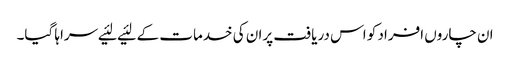
ان چاروں‌ افراد کو اس دریافت پران کی خدمات کے لئیے لئیے سراہا گیا۔